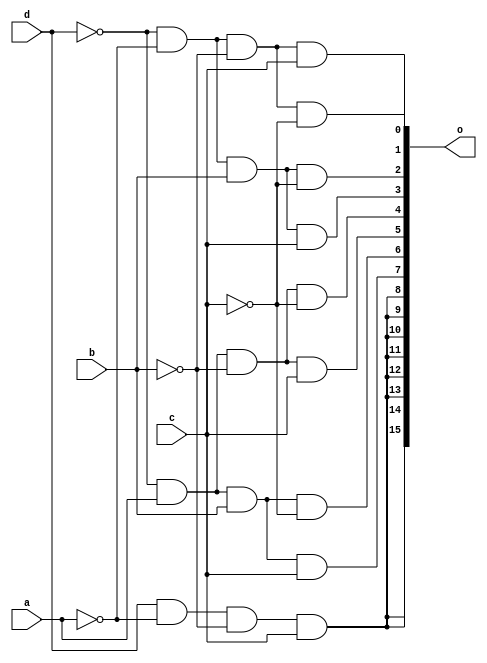
module dec4_16 (a,b,c,d,o);

input a,b,c,d;

output [15:0] o;

wire a0 , b0 , c0 , d0;

not (a0,a);
not (b0,b);
not (c0,c);
not (d0,d);

and (o[0], d0,a0,b0,c0);
and (o[1], d0,a0,b0,c);
and (o[2], d0,a0,b,c0);
and (o[3], d0,a0,b,c);

and (o[4], d0,a,b0,c0);
and (o[5], d0,a,b0,c);
and (o[6], d0,a,b,c0);
and (o[7], d0,a,b,c);

and (o[8],  d,a0,b0,c);
and (o[9],  d,a0,b0,c);
and (o[10], d,a0,b0,c);
and (o[11], d,a0,b0,c);

and (o[12], d,a0,b0,c);
and (o[13], d,a0,b0,c);
and (o[14], d,a0,b0,c);
and (o[15], d,a0,b0,c);

endmodule